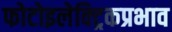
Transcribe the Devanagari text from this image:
फोटोइलेक्ट्रिकप्रभाव